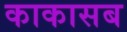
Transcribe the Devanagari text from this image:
काकासब